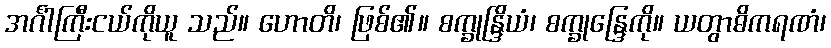
အင်္ဂါကြီးငယ်ကိုယူ သည်။ ဟောတိ၊ ဖြစ်၏။ စက္ခုန္ဒြိယံ၊ စက္ခုန္ဒြေကို။ ယတွာဓိကရဏံ၊